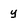
Character: y